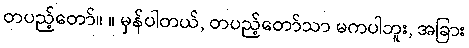
တပည့်တော်။ ။ မှန်ပါတယ်, တပည့်တော်သာ မကပါဘူး, အခြား